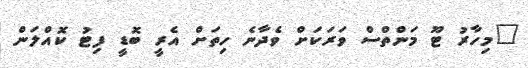
"މިހާރު ޓޫ މަންތްސް ވަރަކަށް ވެދާނެ ހިތަށް އެރީ ބޮޑީ ފިޓު ކޮއްލަން